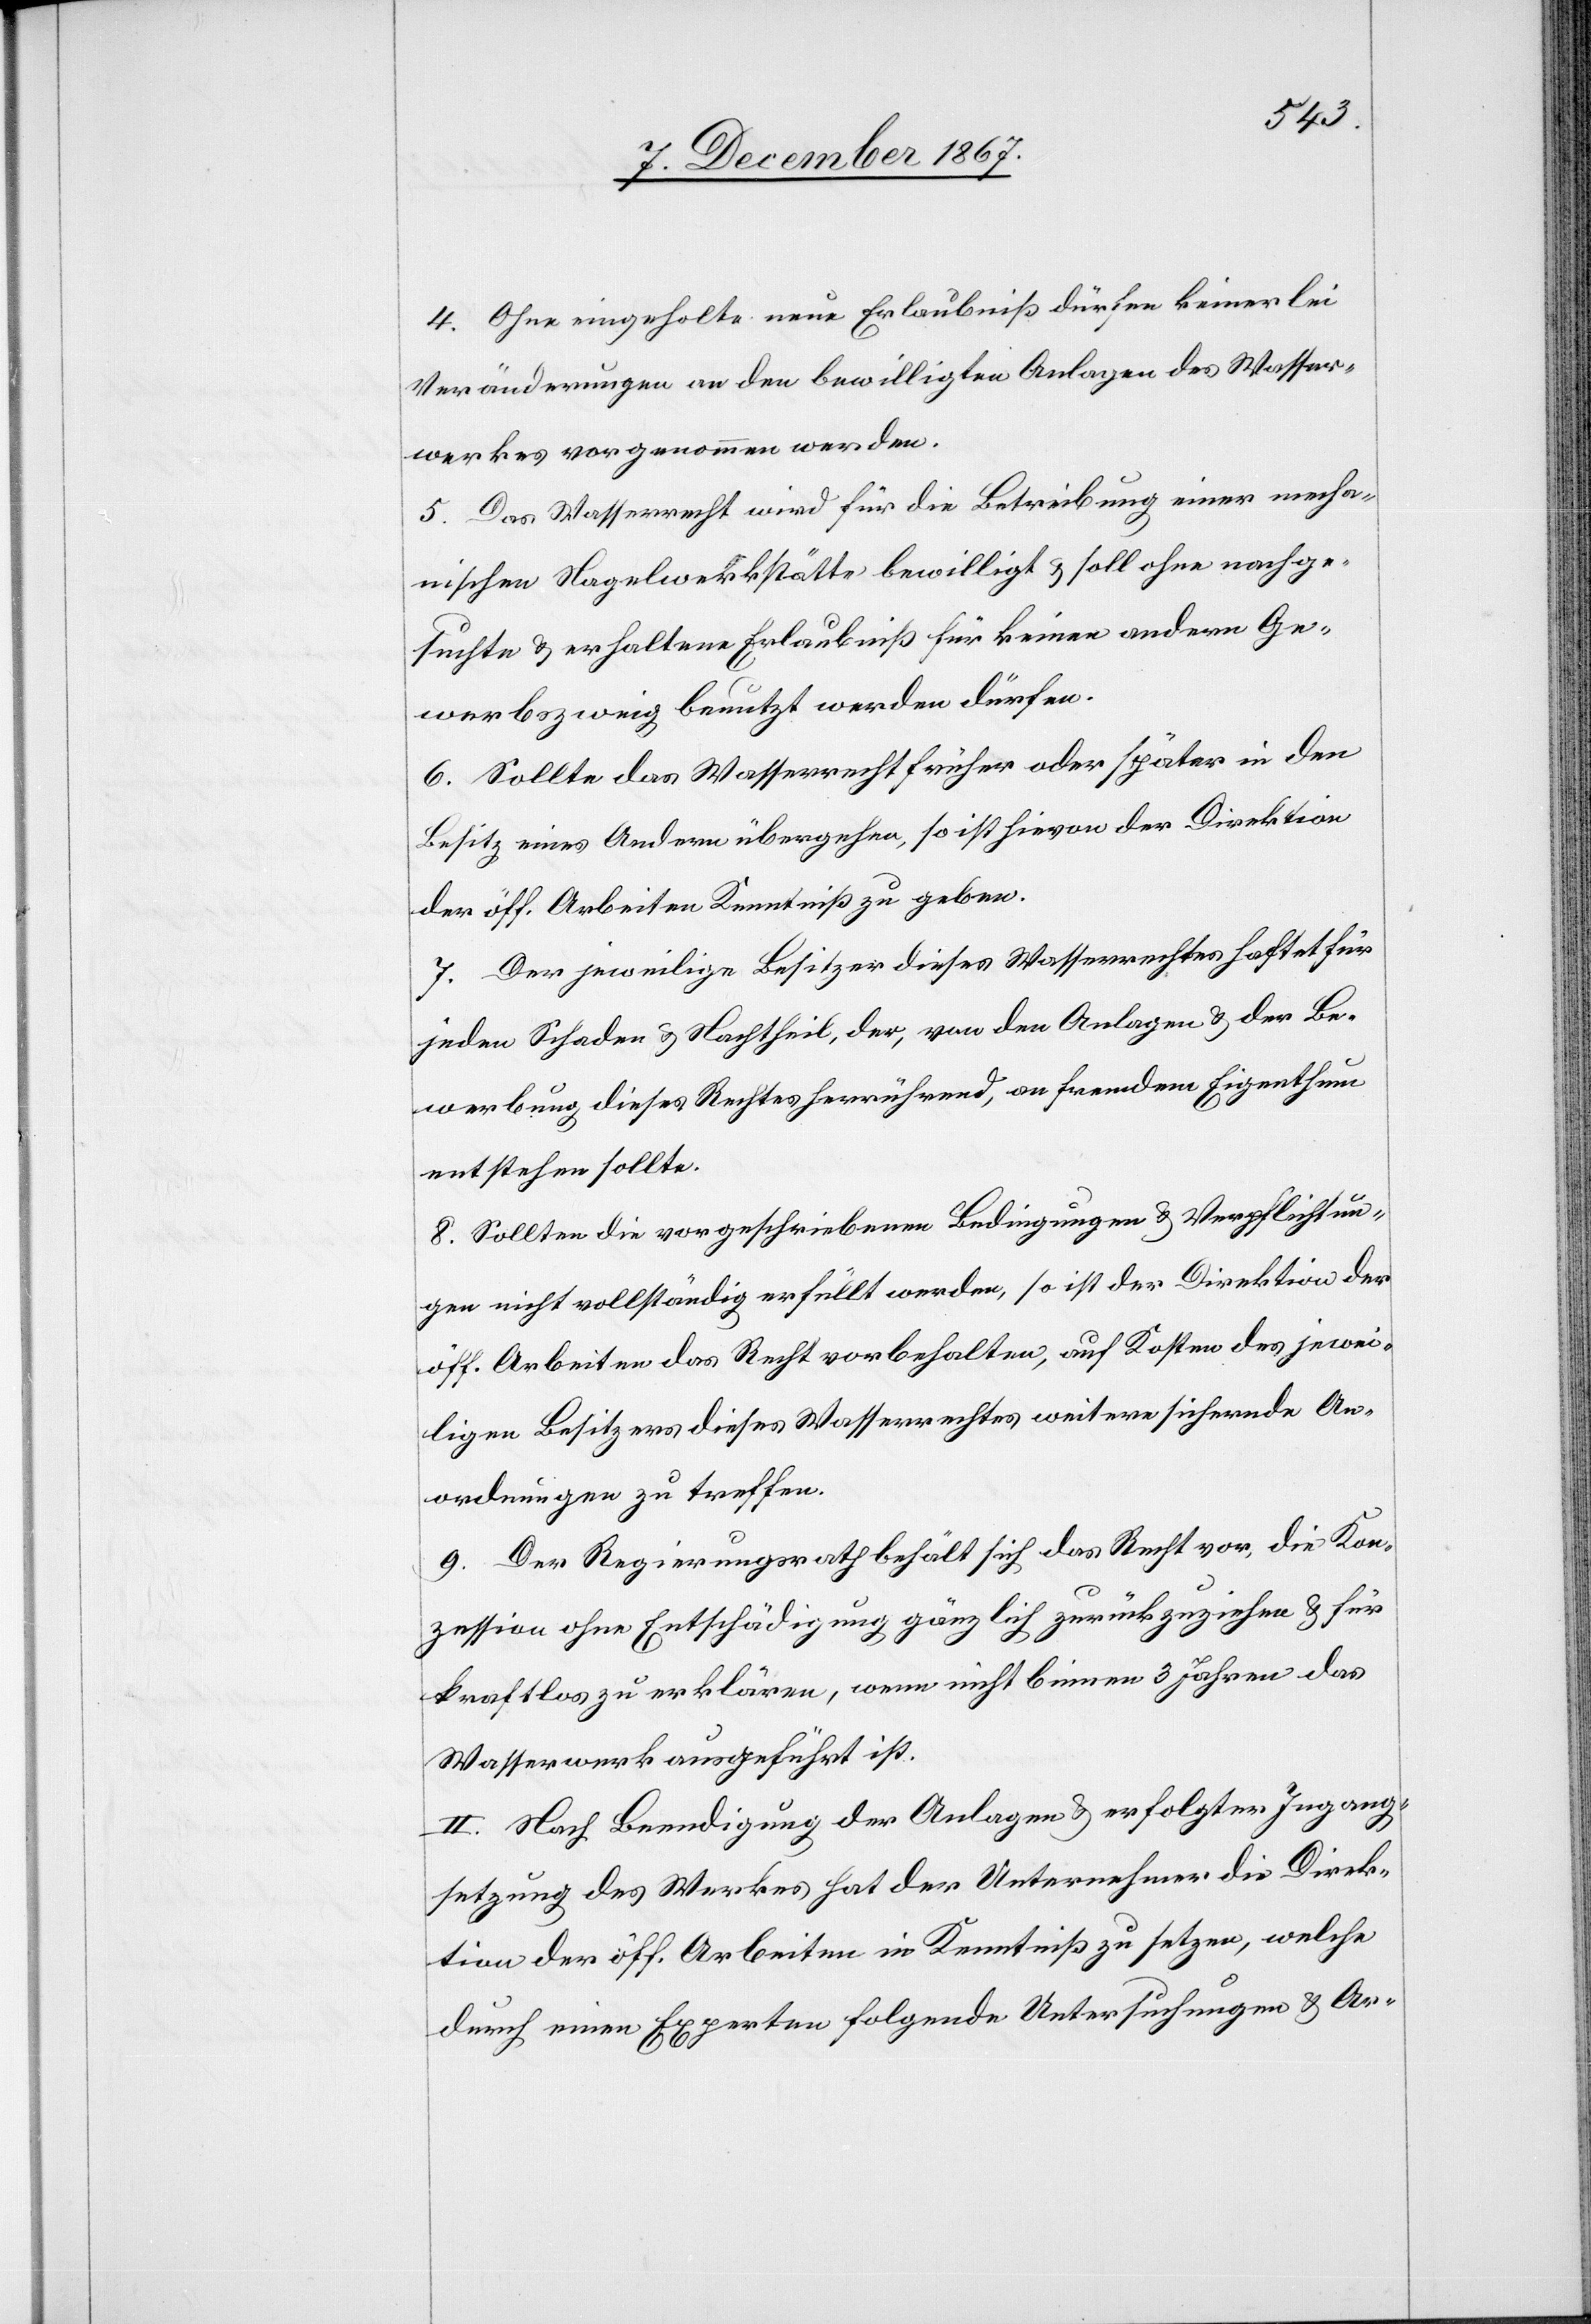
4. Ohne eingeholte neue Erlaubniß dürfen keinerlei
Veränderungen an den bewilligten Anlagen des Wasser¬
werkes vorgenommen werden.
5. Das Wasserrecht wird für die Betreibung einer mecha¬
nischen Nagelwerkstätte bewilligt u. soll ohne nachge¬
suchte u. erhaltene Erlaubniß für keinen andern Ge¬
werbszweig benutzt werden dürfen.
6. Sollte das Wasserrecht früher oder später in den
Besitz eines Andern übergehen, so ist hievon der Direktion
der öff. Arbeiten Kenntniß zu geben.
7. Der jeweilige Besitzer dieses Wasserrechtes haftet für
jeden Schaden u. Nachtheil, der, von den Anlagen u. der Be¬
werbung dieses Rechtes herrührend, an fremdem Eigenthum
entstehen sollte.
8. Sollten die vorgeschriebenen Bedingungen u. Verpflichtun¬
gen nicht vollständig erfüllt werden, so ist der Direktion der
öff. Arbeiten das Recht vorbehalten, auf Kosten des jewei¬
ligen Besitzers dieses Wasserrechtes weitere sichernde An¬
ordnungen zu treffen.
9. Der Regierungsrath behält sich das Recht vor, die Kon¬
zession ohne Entschädigung gänzlich zurückzuziehen u. für
kraftlos zu erklären, wenn nicht binnen 3 Jahren das
Wasserwerk ausgeführt ist.
II. Nach Beendigung der Anlagen u. erfolgter Ingang¬
setzung des Werkes hat der Unternehmer die Direk¬
tion der öff. Arbeiten in Kenntniß zu setzen, welche
durch einen Experten folgende Untersuchungen u. Ar-